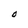
Character: O